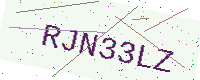
Text: RJN33LZ